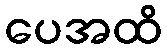
ပေအထိ